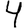
Digit: 4